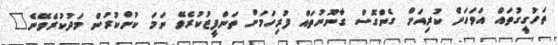
ތަހުގީގުތައް އަވަހަށް ކުރިއަށް ގެންގޮސް ގާނޫނުތައް ފުރިހަމަށް ތަންފީޒުކުރެވޭ ނަމަ ކުށްކުރުން މަދުކުރެވޭނެ"